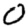
Digit: 0